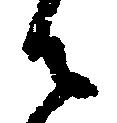
御